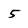
Character: 5